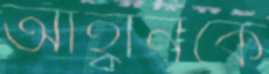
আহ্বানকে